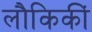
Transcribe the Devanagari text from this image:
लौकिकीं